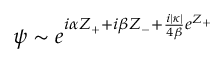
\psi \sim e ^ { i \alpha Z _ { + } + i \beta Z _ { - } + \frac { i | \kappa | } { 4 \beta } e ^ { Z _ { + } } }